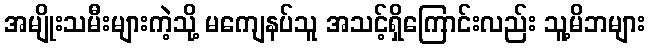
အမျိုးသမီးများကဲ့သို့ မကျေနပ်သူ အသင့်ရှိကြောင်းလည်း သူ့မိဘများ